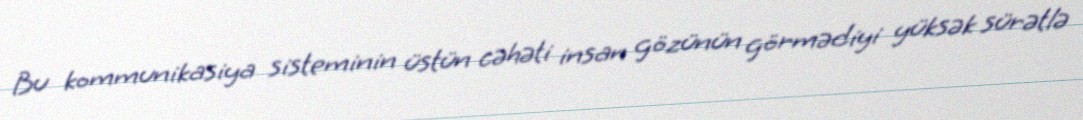
Bu kommunikasiya sisteminin üstün cəhəti insan gözünün görmədiyi yüksək sürətlə